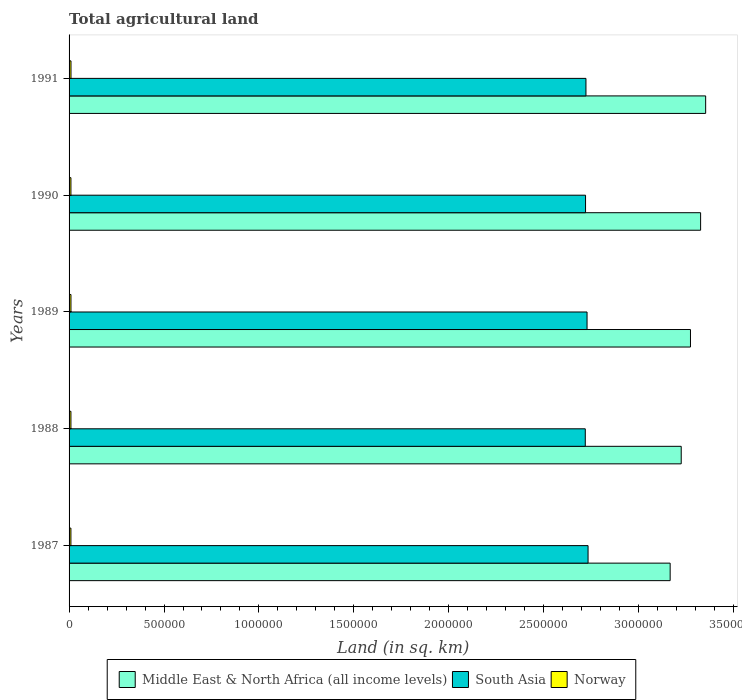
| Years | Middle East & North Africa (all income levels) | South Asia | Norway |
 | --- | --- | --- | --- |
 | 1987 | 3.17e+06 | 2.73e+06 | 9.7e+03 |
 | 1988 | 3.22e+06 | 2.72e+06 | 9.76e+03 |
 | 1989 | 3.27e+06 | 2.73e+06 | 9.91e+03 |
 | 1990 | 3.33e+06 | 2.72e+06 | 9.76e+03 |
 | 1991 | 3.35e+06 | 2.72e+06 | 1.01e+04 |